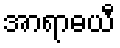
အာရာဓယီ